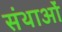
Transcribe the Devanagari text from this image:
संथाओं